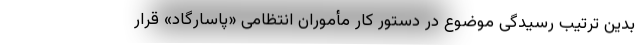
بدین ترتیب رسیدگی موضوع در دستور کار مأموران انتظامی «پاسارگاد» قرار